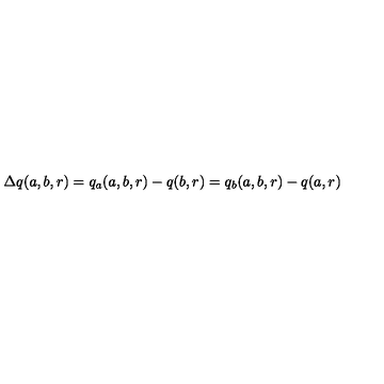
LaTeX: \Delta q ( a , b , r ) = q _ { a } ( a , b , r ) - q ( b , r ) = q _ { b } ( a , b , r ) - q ( a , r )